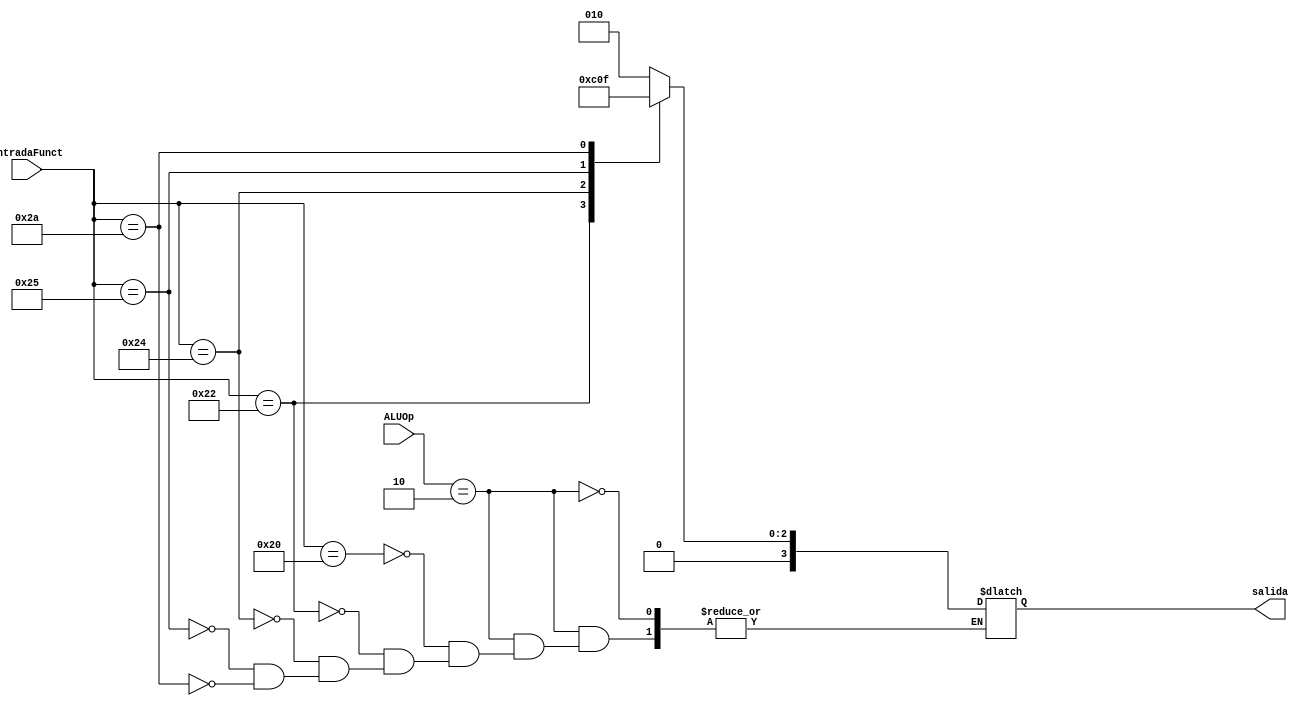
module ALU_Control( input [5:0] entradaFunct, input [1:0] ALUOp, output reg [3:0] salida );

always @(*) begin

    case(ALUOp)

        2'b10: begin  //Instruccion tipo R
            case (entradaFunct)
                6'b100000: salida = 4'b0010; //Suma
                6'b100010: salida = 4'b0110; //Resta
                6'b100100: salida = 4'b0000; //AND
                6'b100101: salida = 4'b0001; //OR
                6'b101010: salida = 4'b0111; //Set les than
            endcase
        end

    endcase

end

endmodule